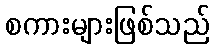
စကားများဖြစ်သည်